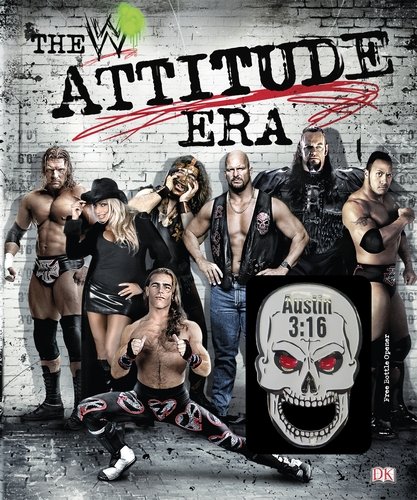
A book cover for WWE:  The Attitude Era; Jon Robinson; Humor & Entertainment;